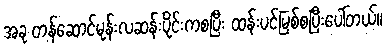
အခု တန်ဆောင်မုန်းလဆန်းပိုင်းကစပြီး ထန်းပင်မြစ်စပြီးပေါ်တယ်။